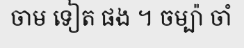
ចាម ទៀត ផង ។ ចម្ប៉ា ចាំ